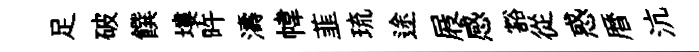
足破饌塿旿濤幃韮琉途屐感豁從惑暦沆